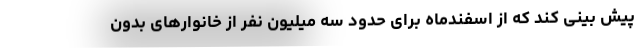
پیش بینی کند که از اسفندماه برای حدود سه میلیون نفر از خانوارهای بدون